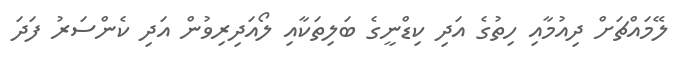
ލޭމައްޗަށް ދިއުމާއި ހިތުގެ އަދި ކިޑްނީގެ ބަލިތަކާއި ލޯއަދިރިވުން އަދި ކެންސަރު ފަދަ